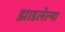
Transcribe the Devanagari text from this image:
झाडलेल्या